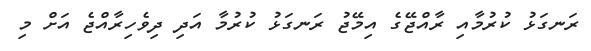
ރަނގަޅު ކުރުމާއި ރާއްޖޭގެ އިމޭޖު ރަނގަޅު ކުރުމާ އަދި ދިވެހިރާއްޖެ އަށް މި